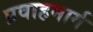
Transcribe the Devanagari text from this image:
प्रवाहमार्ग